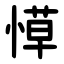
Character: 愺